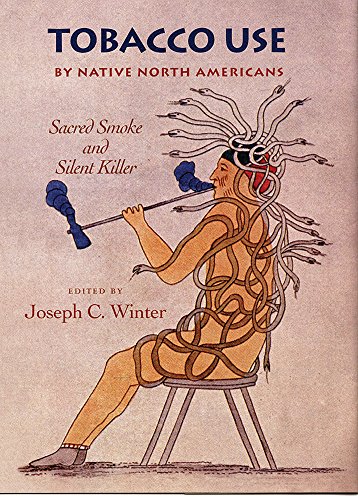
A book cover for Tobacco Use by Native North Americans: Sacred Smoke and Silent Killer (The Civilization of the American Indian Series); Joseph C. Winter; Health, Fitness & Dieting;